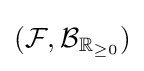
({\mathcal {F}},\operatorname {\mathcal {B}} _{\mathbb {R} _{\geq 0}})